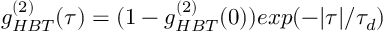
g _ { H B T } ^ { ( 2 ) } ( \tau ) = ( 1 - g _ { H B T } ^ { ( 2 ) } ( 0 ) ) e x p ( - | \tau | / \tau _ { d } )